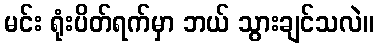
မင်း ရုံးပိတ်ရက်မှာ ဘယ် သွားချင်သလဲ။